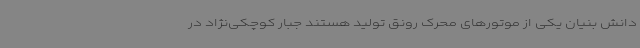
دانش بنیان یکی از موتورهای محرک رونق تولید هستند جبار کوچکی‌نژاد در